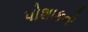
પોશાકનો